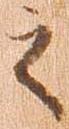
之